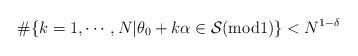
LaTeX: \begin{align*} \# \{k=1,\cdots,N|\theta_0+k\alpha\in \mathcal{S}( \mathrm{mod} 1)\}<N^{1-\delta} \end{align*}